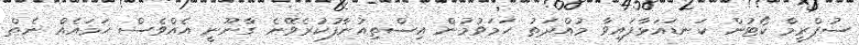
ސުޕްރީމް ކޯޓުން ކަނޑައަޅާފައިވާ މުއްދަތު ހަމަވުމުން އިސްތިއުނާފުކުރެވޭނެ ގާނޫނީ އެއްވެސް ހަމައެއް ނެތް